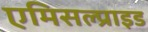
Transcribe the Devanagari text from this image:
एमिसल्प्राइड